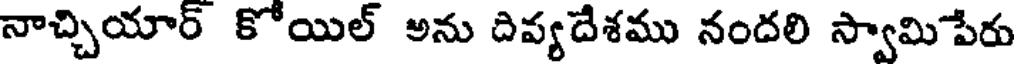
నాచ్చియార్ కోయిల్ అను దివ్యదేశము నందలి స్వామిపేరు